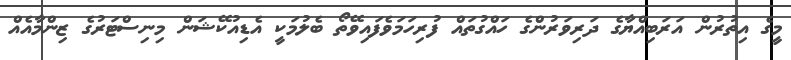
މީގެ އިތުރުން އަރަބިއްޔާގެ ދަރިވަރުންގެ ހައްގުތައް ފުރިހަމަވެފައިވޭތޯ ބެލުމަކީ އެޑިއުކޭޝަން މިނިސްޓަރުގެ ޒިންމާއެއް